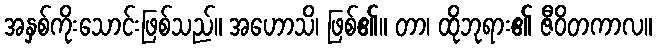
အနှစ်ကိုးသောင်းဖြစ်သည်။ အဟောသိ၊ ဖြစ်၏။ တာ၊ ထိုဘုရား၏ ဇီဝိတကာလ။